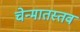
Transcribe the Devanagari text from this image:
चेन्मातस्तव